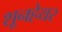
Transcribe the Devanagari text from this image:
शूनहेयर